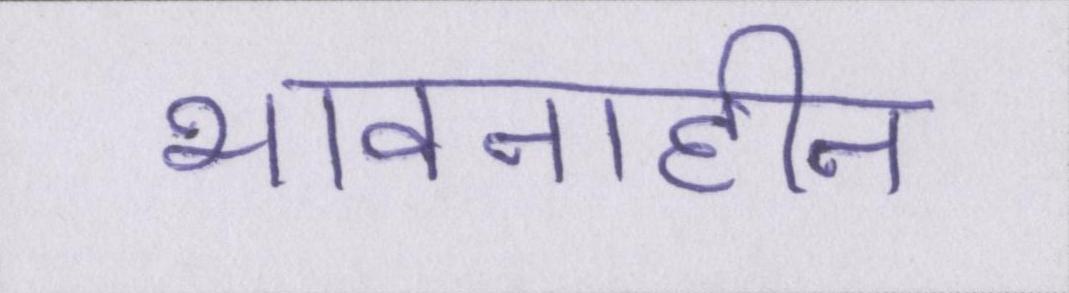
भावनाहीन